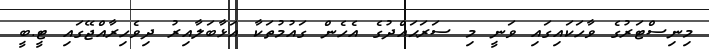
މިނިސްޓަރުގެ ވާހަކައިގައި ވަނީ މި ސަރަޙައްދުގެ އެހެން ގައުމުތަކާ އަޅާބަލާއިރު ދިވެހިރާއްޖޭގައި ޓީ.ބީ